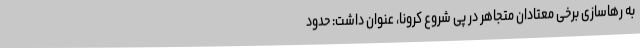
به رهاسازی برخی معتادان متجاهر در پی شروع کرونا، عنوان داشت: حدود